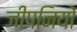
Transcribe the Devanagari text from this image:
जीपनियों